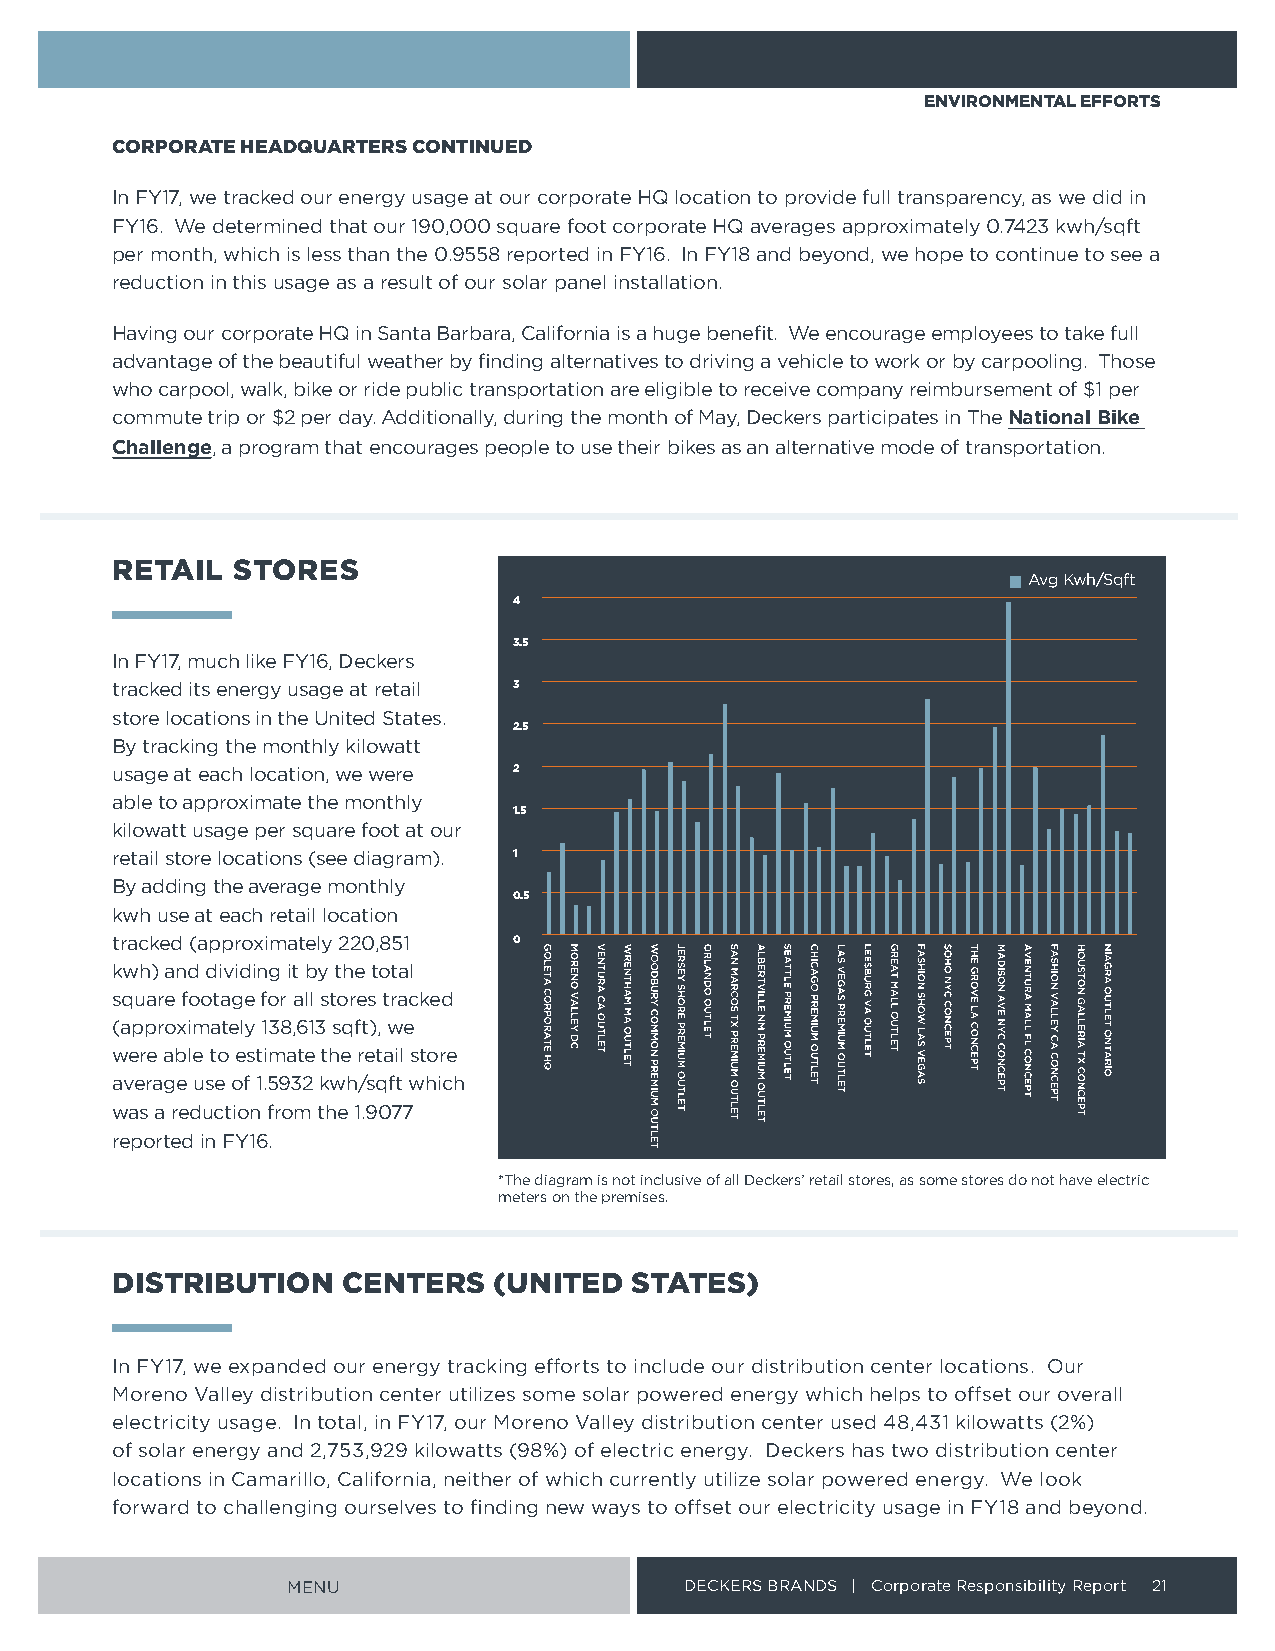
ENVIRONMENTAL EFFORTS
 CORPORATE HEADQUARTERS CONTINUED
 In FY17, we tracked our energy usage at our corporate HQ location to provide full transparency, as we did in
 FY16 We determined that our 190,000 square foot corporate HQ averages approximately 0 7423 kwh/sqft
 per month, which is less than the 0 9558 reported in FY16 In FY18 and beyond, we hope to continue to see a
 reduction in this usage as a result of our solar panel installation
 Having our corporate HQ in Santa Barbara, California is a huge benefit We encourage employees to take full
 advantage of the beautiful weather by finding alternatives to driving a vehicle to work or by carpooling Those
 who carpool, walk, bike or ride public transportation are eligible to receive company reimbursement of $1 per
 commute trip or $2 per day Additionally, during the month of May, Deckers participates in The National Bike
 Challenge, a program that encourages people to use their bikes as an alternative mode of transportation
 RETAIL  STORES
 Avg Kwh/Sqft
 4
 3 .5
 In FY17, much like FY16, Deckers
 tracked its energy usage at retail 3
 store locations in the United States
 2 .5
 By tracking the monthly kilowatt
 usage at each location, we were 2
 able to approximate the monthly
 1 .5
 kilowatt usage per square foot at our
 retail store locations (see diagram) 1
 By adding the average monthly
 0 .5
 kwh use at each retail location
 tracked (approximately 220,851 0
 kwh) and dividing it by the total
 square footage for all stores tracked
 (approximately 138,613 sqft), we
 were able to estimate the retail store
 average use of 1 5932 kwh/sqft which
 was a reduction from the 1 9077
 reported in FY16
 *The diagram is not inclusive of all Deckers’ retail stores, as some stores do not have electric
 meters on the premises
 DISTRIBUTION    CENTERS   (UNITED  STATES)
 In FY17, we expanded our energy tracking efforts to include our distribution center locations Our
 Moreno Valley distribution center utilizes some solar powered energy which helps to offset our overall
 electricity usage In total, in FY17, our Moreno Valley distribution center used 48,431 kilowatts (2%)
 of solar energy and 2,753,929 kilowatts (98%) of electric energy Deckers has two distribution center
 locations in Camarillo, California, neither of which currently utilize solar powered energy We look
 forward to challenging ourselves to finding new ways to offset our electricity usage in FY18 and beyond
 MENU                      DECKERS BRANDS | Corporate Responsibility Report 21